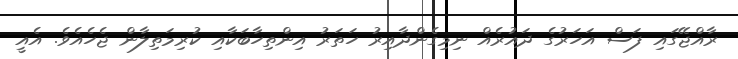
ރާއްޖޭގައި ފަސް އަހަރުގެ ދައުރެއް ނިމިގެންދާއިރު ހަތަރު އިންތިހާބަކާއި ކުރިމަތިލާން ޖެހެއެވެ. އެއީ